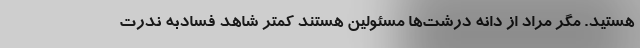
هستید. مگر مراد از دانه درشت‌ها مسئولین هستند کمتر شاهد فسادبه ندرت